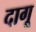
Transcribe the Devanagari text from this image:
दागू